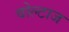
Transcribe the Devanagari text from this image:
वोल्टाज